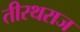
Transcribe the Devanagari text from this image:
तीरथराज